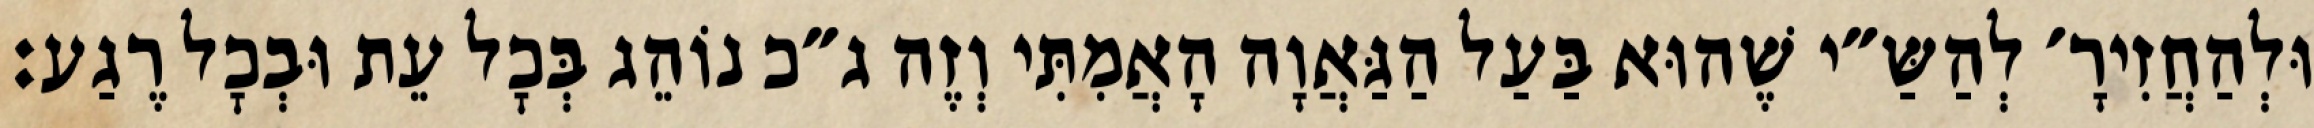
וּלְהַחֲזִירָ׳ לְהַשַּ״י שֶׁהוּא בַּעַל הַגַּאֲוָה הָאֲמִתִּי וְזֶה ג״כ נוֹהֵג בְּכׇל עֵת וּבְכׇל רֶגַע: